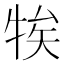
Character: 㸻